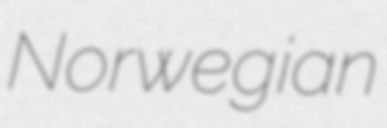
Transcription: Norwegian